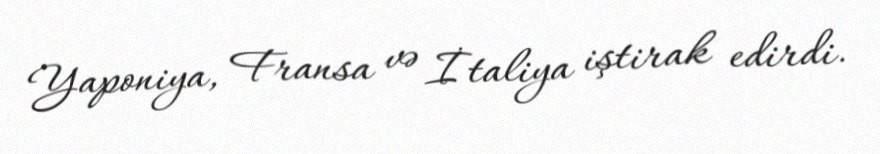
Yaponiya, Fransa və İtaliya iştirak edirdi.